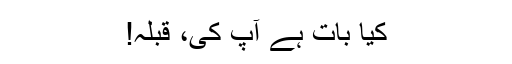
کیا بات ہے آپ کی، قبلہ!